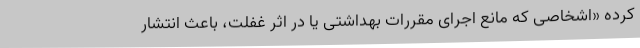
کرده «اشخاصی که مانع اجرای مقررات بهداشتی یا در اثر غفلت، باعث انتشار